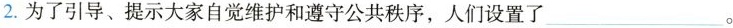
2. 为了引导、提示大家自觉维护和遵守公共秩序，人们设置了___。